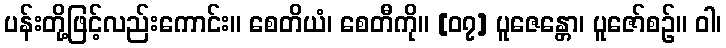
ပန်းတို့ဖြင့်လည်းကောင်း။ စေတိယံ၊ စေတီကို။ [၀၇] ပူဇေန္တော၊ ပူဇော်စဉ်။ ဝါ၊